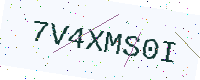
Text: 7V4XMS0I